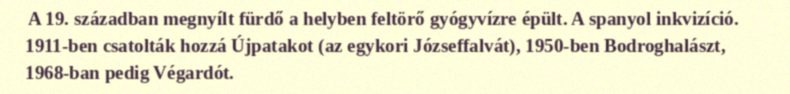
A 19. században megnyílt fürdő a helyben feltörő gyógyvízre épült. A spanyol inkvizíció. 1911-ben csatolták hozzá Újpatakot (az egykori Józseffalvát), 1950-ben Bodroghalászt, 1968-ban pedig Végardót.